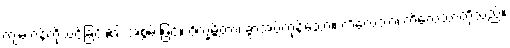
ကျမ်းဂန်ကိုသင်ခြင်း၏ အစွမ်းဖြင့်။ ဝိက္ခမ္ဘိတာ၊ ခွာအပ်ကုန်သော။ ကိလေသာ၊ ကိလေသာတို့သည်။